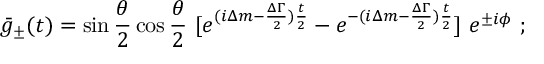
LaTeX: \bar { g } _ { \pm } ( t ) = \sin { \frac { \theta } { 2 } } \cos { \frac { \theta } { 2 } } \ [ e ^ { ( i \Delta m - { \frac { \Delta \Gamma } { 2 } } ) { \frac { t } { 2 } } } - e ^ { - ( i \Delta m - { \frac { \Delta \Gamma } { 2 } } ) { \frac { t } { 2 } } } ] \ e ^ { \pm i \phi } \ ;